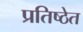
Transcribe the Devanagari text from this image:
प्रतिष्ठेत